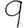
Digit: 9